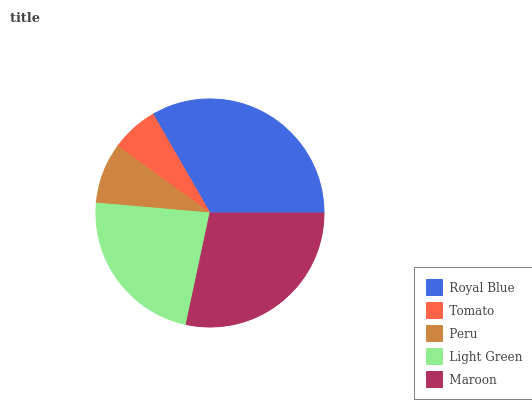
| Royal Blue | Tomato | Peru | Light Green | Maroon |
 | --- | --- | --- | --- | --- |
 | 33.3% | 6.7% | 8.6% | 23.1% | 28.3% |